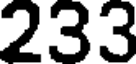
233